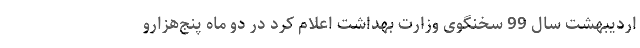
اردیبهشت سال 99 سخنگوی وزارت بهداشت اعلام کرد در دو ماه پنج‌هزارو